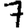
Digit: 7